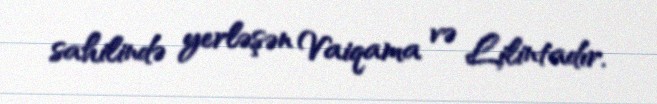
sahilində yerləşən Vaiqama və Lilintadır.